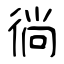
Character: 徜